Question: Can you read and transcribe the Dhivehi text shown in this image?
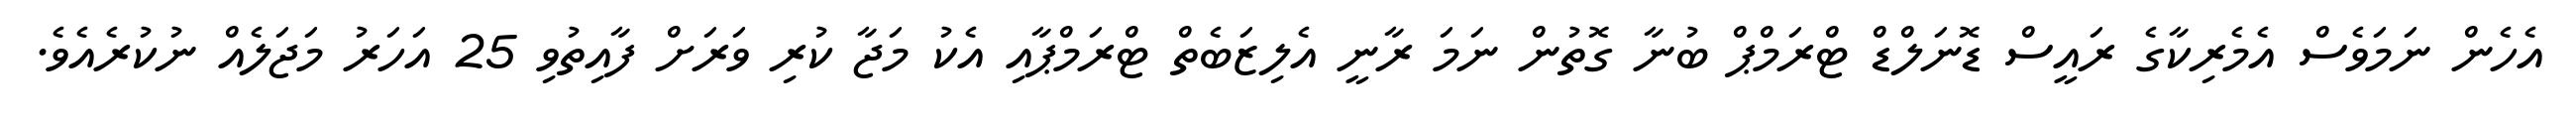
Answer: އެހެން ނަމަވެސް އެމެރިކާގެ ރައީސް ޑޮނަލްޑް ޓްރަމްޕް ބުނާ ގޮތުން ނަމަ ރާނީ އެލިޒަބެތް ޓްރަމްޕާއި އެކު މަޖާ ކުރި ވަރަށް ފާއިތުވި 25 އަހަރު މަޖަލެއް ނުކުރެއެވެ.